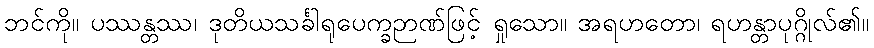
ဘင်ကို။ ပဿန္တဿ၊ ဒုတိယသင်္ခါရုပေက္ခဉာဏ်ဖြင့် ရှုသော။ အရဟတော၊ ရဟန္တာပုဂ္ဂိုလ်၏။